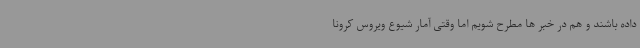
داده باشند و هم در خبر ها مطرح شویم اما وقتی آمار شیوع ویروس کرونا